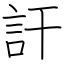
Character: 訐